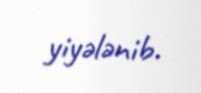
yiyələnib.